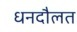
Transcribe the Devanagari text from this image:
धनदौलत